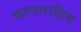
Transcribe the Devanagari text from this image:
कल्पनाप्रिय